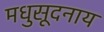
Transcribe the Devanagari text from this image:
मधुसूदनाय